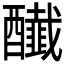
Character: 𨣲